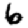
Digit: 6